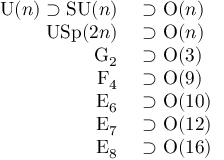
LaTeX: \begin{array} { r l } { \mathrm { U } ( n ) \supset \mathrm { S U } ( n ) } & { { } \supset \mathrm { O } ( n ) } \\ { \mathrm { U S p } ( 2 n ) } & { { } \supset \mathrm { O } ( n ) } \\ { \mathrm { G } _ { 2 } } & { { } \supset \mathrm { O } ( 3 ) } \\ { \mathrm { F } _ { 4 } } & { { } \supset \mathrm { O } ( 9 ) } \\ { \mathrm { E } _ { 6 } } & { { } \supset \mathrm { O } ( 1 0 ) } \\ { \mathrm { E } _ { 7 } } & { { } \supset \mathrm { O } ( 1 2 ) } \\ { \mathrm { E } _ { 8 } } & { { } \supset \mathrm { O } ( 1 6 ) } \end{array}